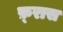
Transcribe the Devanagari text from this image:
फ़्रास